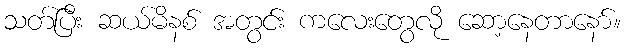
သတ်ပြီး ဆယ်မိနစ် အတွင်း ကလေးတွေလို ဆော့နေတာနော်။